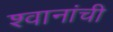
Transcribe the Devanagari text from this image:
श्वानांची